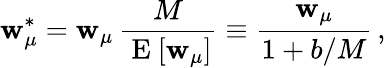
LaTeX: \mathbf{w}_{\mu}^{\ast}=\mathbf{w}_{\mu}\, \frac{{M}}{{\mathrm{{~E~}}[\mathbf{w}_{\mu}]}}\equiv\frac{{\mathbf{w}_{\mu}}}{{1+b/M}}\, ,